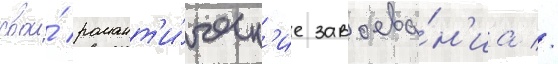
свои́ романт'и́ческ'ие завоева́н'иа //